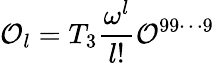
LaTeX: {\cal O}_{l}=T_{3}{\frac{\omega^{l}}{l!}}{\cal O}^{99\cdots 9}